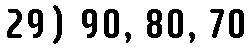
29) 90, 80, 70